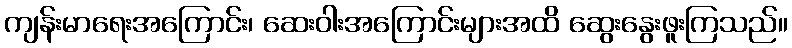
ကျန်းမာရေးအကြောင်း၊ ဆေးဝါးအကြောင်းများအထိ ဆွေးနွေးဖူးကြသည်။